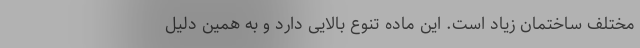
مختلف ساختمان زیاد است. این ماده تنوع بالایی دارد و به همین دلیل